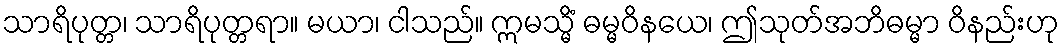
သာရိပုတ္တ၊ သာရိပုတ္တရာ။ မယာ၊ ငါသည်။ ဣမသ္မိံ ဓမ္မဝိနယေ၊ ဤသုတ်အဘိဓမ္မာ ဝိနည်းဟု